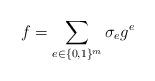
LaTeX: \begin{align*}f= \sum_{e \in \{0,1\}^m} \sigma_e g^e\end{align*}